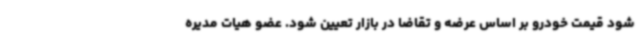
شود قیمت خودرو بر اساس عرضه و تقاضا در بازار تعیین شود. عضو هیات مدیره